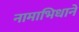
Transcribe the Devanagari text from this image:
नामाभिधाने